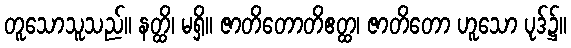
တူသောသူသည်။ နတ္ထိ၊ မရှိ။ ဇာတိတောတိဧတ္ထ၊ ဇာတိတော ဟူသော ပုဒ်၌။